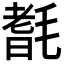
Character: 𣯆